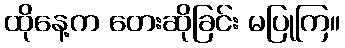
ထိုနေ့က တေးဆိုခြင်း မပြုကြ။